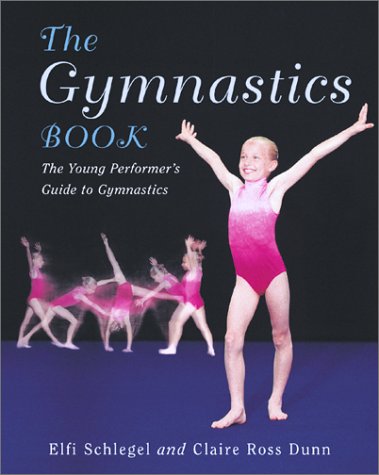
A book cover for The Gymnastics Book: The Young Performer's Guide to Gymnastics (Young Performer's Guides); Elfi Schlegel; Children's Books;